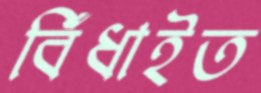
বিঁধাইত